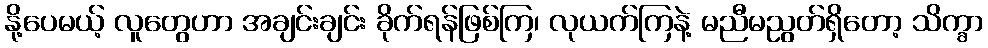
နို့ပေမယ့် လူတွေဟာ အချင်းချင်း ခိုက်ရန်ဖြစ်ကြ၊ လုယက်ကြနဲ့ မညီမညွတ်ရှိတော့ သိက္ခာ